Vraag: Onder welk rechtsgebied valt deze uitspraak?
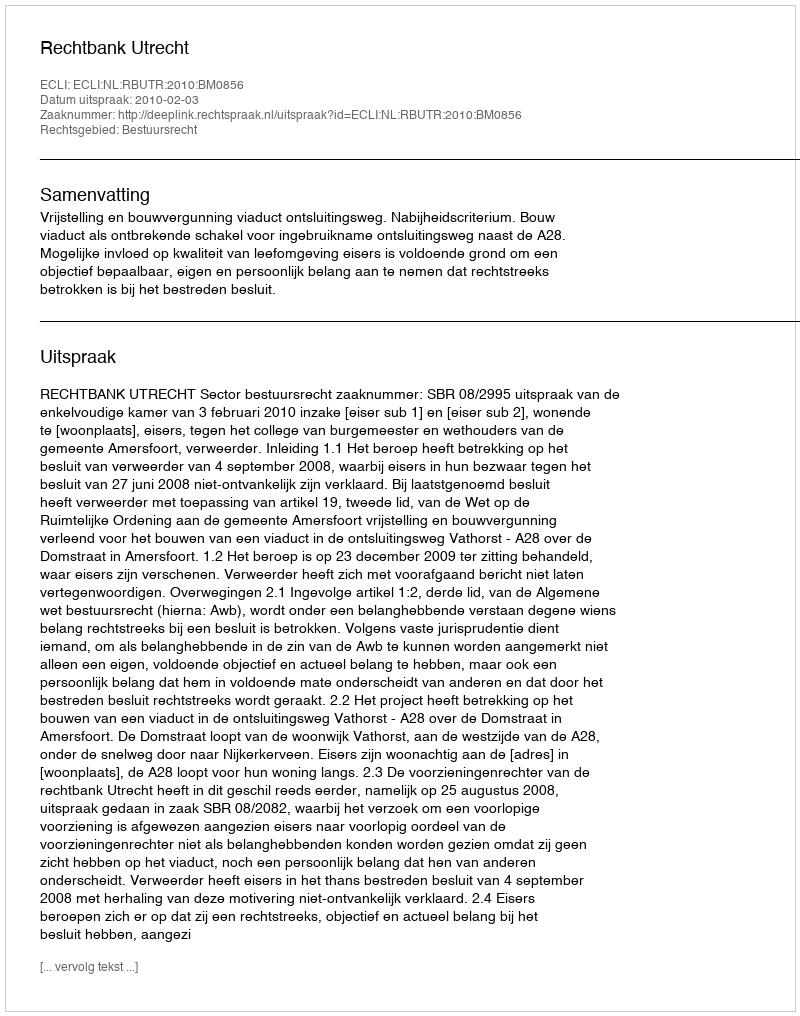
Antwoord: Bestuursrecht